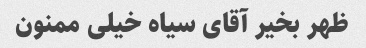
ظهر بخیر آقای سیاه خیلی ممنون